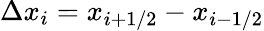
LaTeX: \Delta x_{i}=x_{i+1/2}-x_{i-1/2}